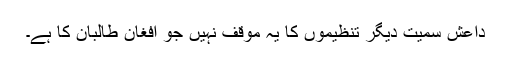
داعش سمیت دیگر تنظیموں کا یہ موقف نہیں جو افغان طالبان کا ہے۔